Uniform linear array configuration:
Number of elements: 48
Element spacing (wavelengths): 0.5
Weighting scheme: cosine
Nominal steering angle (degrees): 15
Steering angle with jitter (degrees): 15.163
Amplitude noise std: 0.05
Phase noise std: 0.05

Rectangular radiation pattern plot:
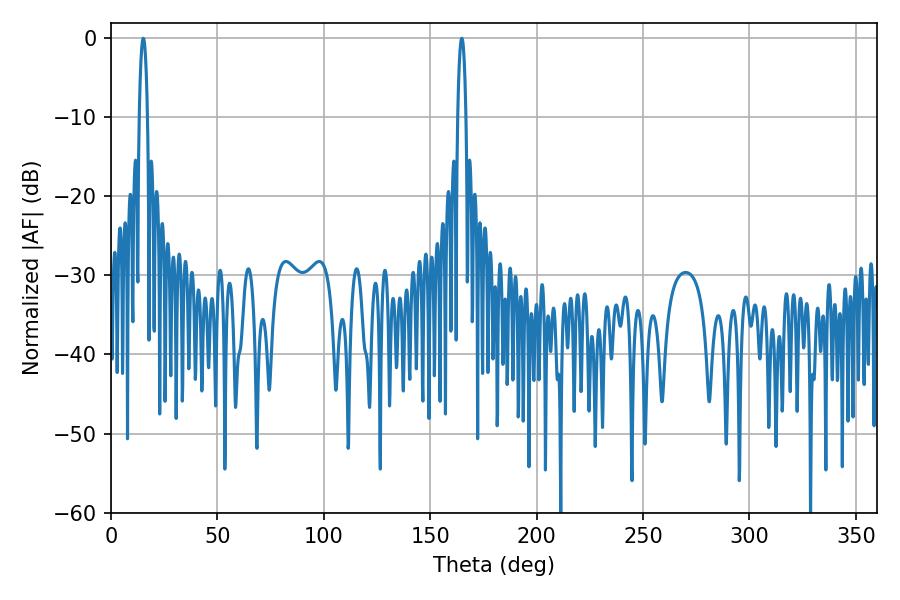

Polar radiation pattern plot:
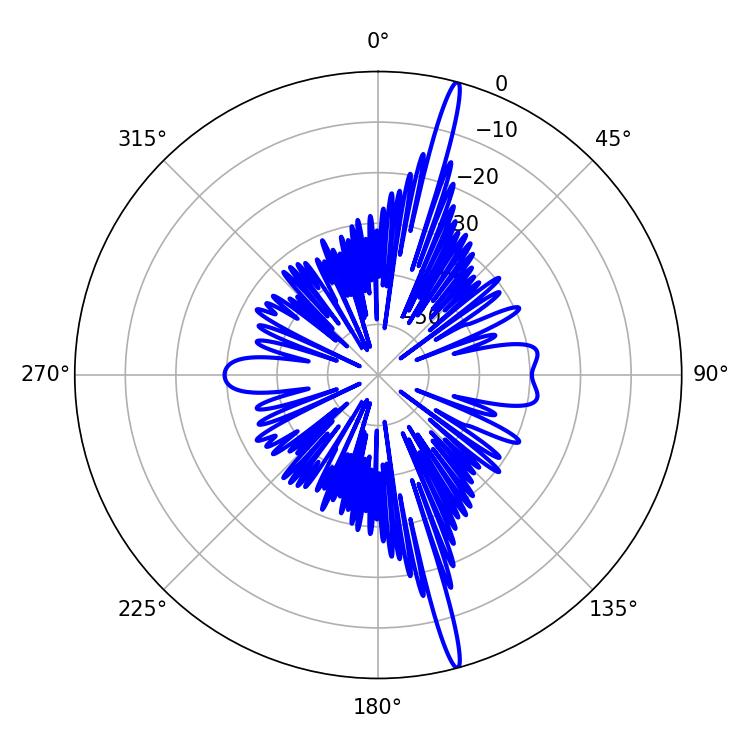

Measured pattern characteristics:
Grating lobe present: FALSE
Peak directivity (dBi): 19.37
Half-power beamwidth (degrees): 2.16
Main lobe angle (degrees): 15.12